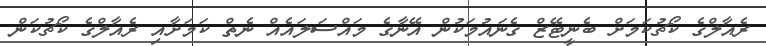
ރެއާލްގެ ކޯޗުކަމަށް ބެނީޓޭޒް ގެނައުމަކުން އޭނާގެ މައްސަލައެއް ނެތް ކަމަށާއި ރެއާލްގެ ކޯޗުކަން